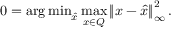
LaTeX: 0 = \operatorname { \arg \operatorname* { m i n } } _ { \hat { x } } \operatorname* { m a x } _ { x \in Q } \left\| x - { \hat { x } } \right\| _ { \infty } ^ { 2 } .